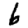
Digit: 6